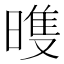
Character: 𣉲